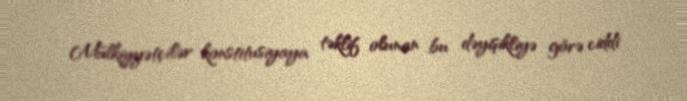
Mülkiyyətçilər konstitusiyaya təklif olunan bu dəyişikliyə görə ciddi